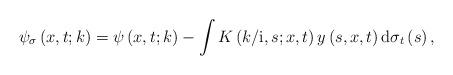
LaTeX: \begin{align*}\psi_{\sigma}\left( x,t;k\right) =\psi\left( x,t;k\right) -\int K\left(k/\mathrm{i},s;x,t\right) y\left( s,x,t\right) \mathrm{d}\sigma_{t}\left(s\right) , \end{align*}